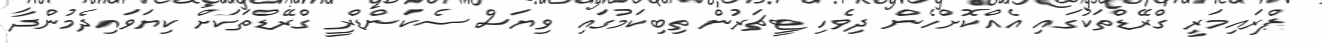
ޕްރައިމަރީ ގްރޭޑްތަކުގައި އެއްކޮށްހެން ދިވެހި ޓީޗަރުން ތިބިކަމުގައި ވިޔަސް ސެކަންޑްރީ ގްރޭޑްތަކަށް ކިޔަވައިދެމުންދާ